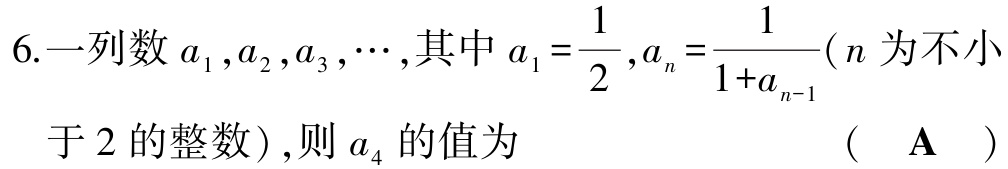
6.一列数$a_{1},a_{2},a_{3},\cdots$,其中$a_{1}=\dfrac{1}{2},a_{n}=\dfrac{1}{1 + a_{n - 1}}$($n$为不小于2的整数),则$a_{4}$的值为 （  $\mathbf{A}$  ）